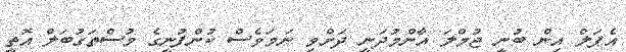
އެޕަލް އިން ބުނީ ޖުމްލަ އާންމުދަނީ ދަށްވި ނަމަވެސް ކުންފުނީގެ މުސްތަގުބަލް އޮތީ